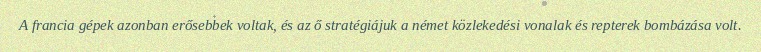
A francia gépek azonban erősebbek voltak, és az ő stratégiájuk a német közlekedési vonalak és repterek bombázása volt.